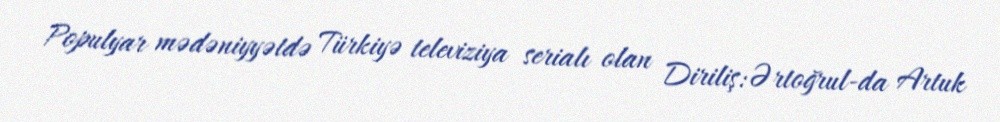
Populyar mədəniyyətdə Türkiyə televiziya serialı olan Diriliş:Ərtoğrul-da Artuk